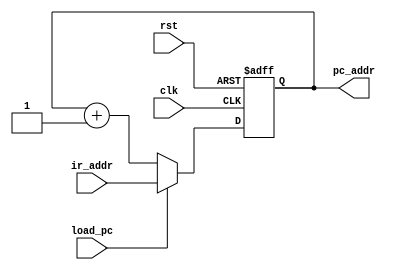
module program_counter (
    input             clk,
    input             rst,
    input             load_pc,
    input      [12:0] ir_addr,
    output reg [12:0] pc_addr
);

always @(posedge clk or posedge rst) begin
    if (rst) begin
        pc_addr <= 13'd0;
    end
    else begin
        if (load_pc) begin
            pc_addr <= ir_addr;
        end
        else begin
            pc_addr <= pc_addr + 1;
        end
    end
end

endmodule